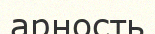
арность